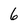
Character: 6